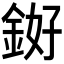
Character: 𬫓